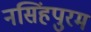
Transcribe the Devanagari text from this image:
नसिंहपुरम